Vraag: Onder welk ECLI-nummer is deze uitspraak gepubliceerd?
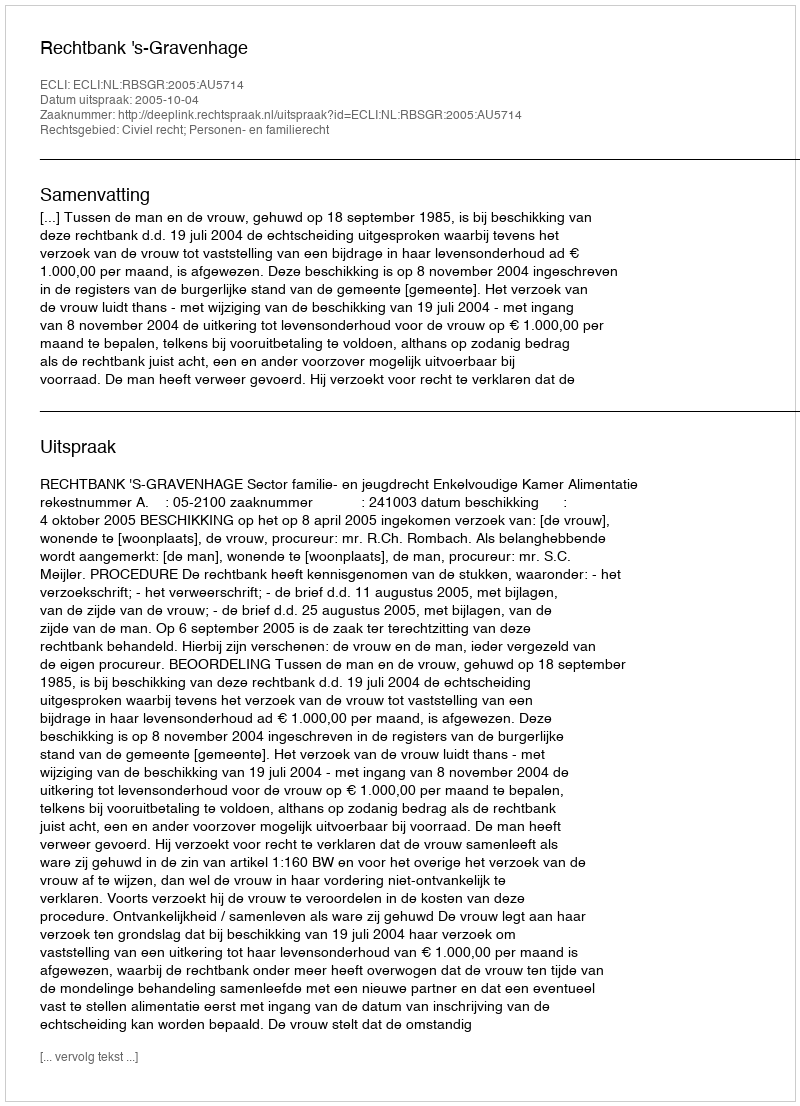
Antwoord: ECLI:NL:RBSGR:2005:AU5714